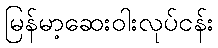
မြန်မာ့ဆေးဝါးလုပ်ငန်း